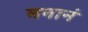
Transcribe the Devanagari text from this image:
मनानं